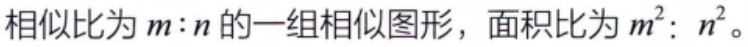
相似比为\(m:n\)的一组相似图形，面积比为\(m^{2}:n^{2}\)。